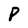
Character: P